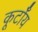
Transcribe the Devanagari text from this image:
कूर्टॉय